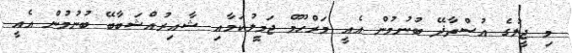
މި ޖީލުގެ އުސްތާޛޭ ބުނުމުން އެއީ މަރްޙޫމް ޖަމީލުކަމާއި ޝާއިރުއްޝަބާބޭ ބުނުމުން އެއީ